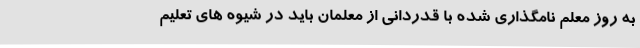
به روز معلم نامگذاری شده با قدردانی از معلمان باید در شیوه های تعلیم